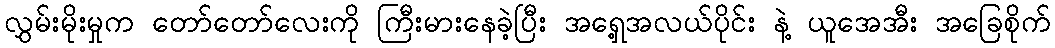
လွှမ်းမိုးမှုက တော်တော်လေးကို ကြီးမားနေခဲ့ပြီး အရှေ့အလယ်ပိုင်း နဲ့ ယူအေအီး အခြေစိုက်